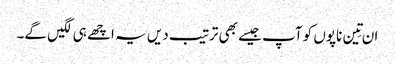
ان تِین ناپوں کو آپ جیسے بھی ترتیب دیں یہ اچھے ہی لگیں گے۔